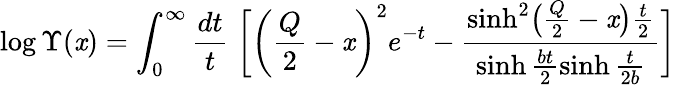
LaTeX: \log\Upsilon(\mathit{x})=\int_{0}^{\infty}\frac{{dt}}{{t}}\; \biggl[\biggl(\frac{{Q}}{{2}}-\mathit{x}\biggr)^{2}e^{-t}-\frac{{\sinh^{2}\bigl(\frac{{Q}}{{2}}-\mathit{x}\bigr)\frac{{t}}{{2}}}}{{\sinh\frac{{bt}}{{2}}\sinh\frac{{t}}{{2b}}}}\biggr]